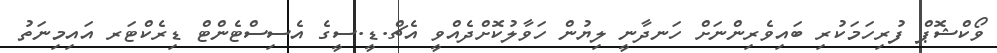
ވޯކްޝޮޕް ފުރިހަމަކުރި ބައިވެރިންނަށް ހަނދާނީ ލިޔުން ހަވާލުކޮށްދެއްވީ އެޗް.ޑީ.ސީގެ އެސިސްޓެންޓް ޑިރެކްޓަރ އައިމިނަތު